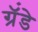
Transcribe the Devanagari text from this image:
ग्रॅंडे